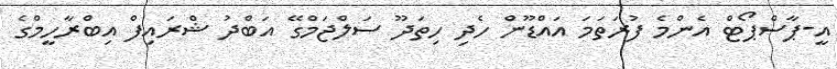
އީ-ޕާސްޕޯޓް އެންމެ ފުރަތަމަ އައްޑޫން ހެދި ހިތަދޫ ސަލްޖަމްގޭ އަބްދު ޝްރައިފް އިބްރާހީމްގެ